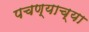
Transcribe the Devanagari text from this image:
पचण्याच्या